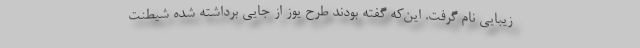
زیبایی نام گرفت. این‌که گفته بودند طرح یوز از جایی برداشته شده شیطنت